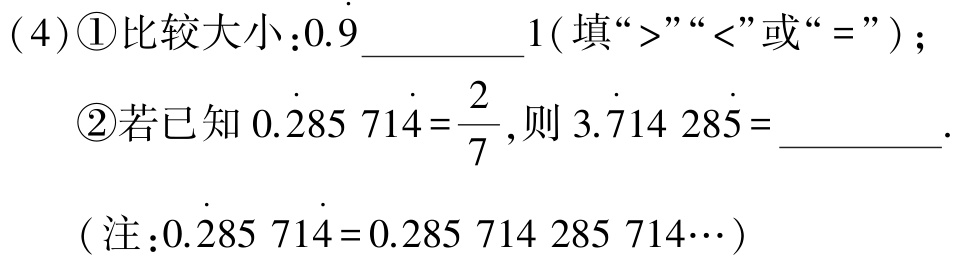
(4)\textcircled{1}比较大小：\(0.\dot{9}\underline{\quad\quad}1\)（填“>”“<”或“=”）；

\textcircled{2}若已知\(0.\dot{2}85\ 71\dot{4}=\frac{2}{7}\)，则\(3.\dot{7}14\ 28\dot{5}=\underline{\quad\quad}\)。

（注：\(0.\dot{2}85\ 71\dot{4}=0.285\ 714\ 285\ 714\cdots\)）